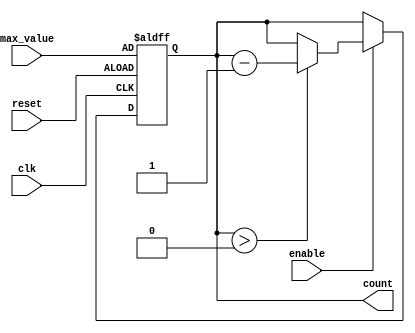
module down_counter (
    input wire clk,          // Clock signal
    input wire enable,       // Enable signal
    input wire reset,        // Asynchronous reset signal
    input wire [3:0] max_value, // Maximum value to count down from (4-bit for 0-15)
    output reg [3:0] count   // Current count value (4-bit)
);

    // Asynchronous reset
    always @(posedge clk or posedge reset) begin
        if (reset) begin
            count <= max_value; // Reset to max_value
        end else if (enable) begin
            if (count > 0) begin
                count <= count - 1; // Decrement count
            end
            // If count is 0, it remains 0
        end
        // If enable is low, count retains its value
    end

endmodule